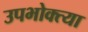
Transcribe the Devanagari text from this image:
उपभोक्त्या